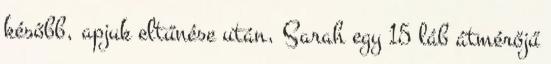
később, apjuk eltűnése után, Sarah egy 15 láb átmérőjű